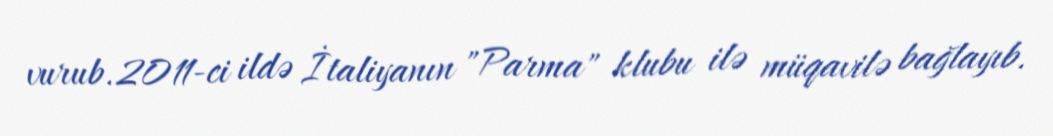
vurub.2011-ci ildə İtaliyanın "Parma" klubu ilə müqavilə bağlayıb.